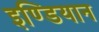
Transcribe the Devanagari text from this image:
इण्डियान